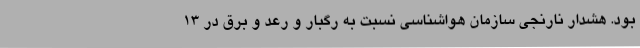
بود. هشدار نارنجی سازمان هواشناسی نسبت به رگبار و رعد و برق در ۱۳